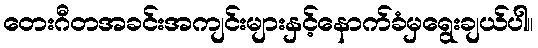
တေးဂီတအခင်းအကျင်းများနှင့်နောက်ခံမှရွေးချယ်ပါ။